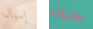
إسهال طالبات